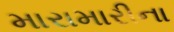
મારામારીના